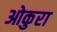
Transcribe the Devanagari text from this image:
ओकुरा